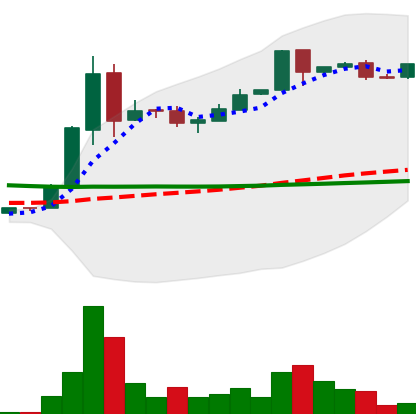
Ticker: DOGE-USD
Chart end date: 2018-09-16
Forward return: -12.969%
Label: down_7plus